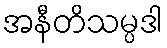
အနီတိသမ္ပဒါ